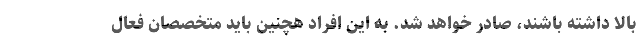
بالا داشته باشند، صادر خواهد شد. به این افراد هچنین باید متخصصان فعال